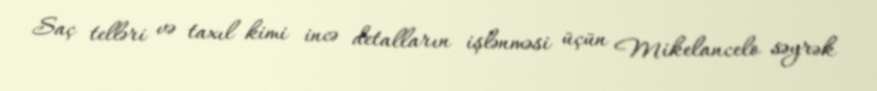
Saç telləri və taxıl kimi incə detalların işlənməsi üçün Mikelancelo səyrək